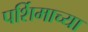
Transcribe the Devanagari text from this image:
पर्शिमाच्या